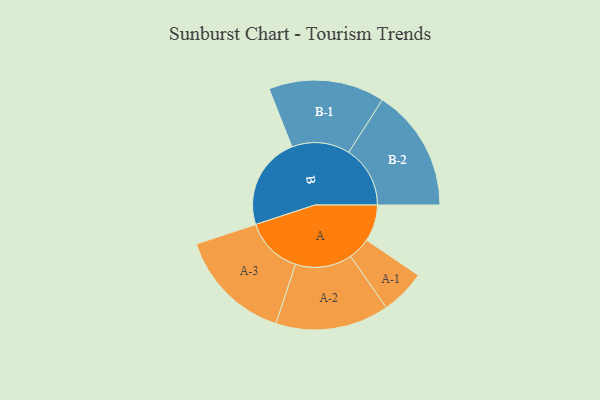
{"axis": {"x": "Segment", "y": "Value"}, "legend": ["", "A", "B"], "data": [{"x": "A", "y": 171, "type": ""}, {"x": "B", "y": 433, "type": ""}, {"x": "A-1", "y": 105, "type": "A"}, {"x": "A-2", "y": 265, "type": "A"}, {"x": "A-3", "y": 268, "type": "A"}, {"x": "B-1", "y": 271, "type": "B"}, {"x": "B-2", "y": 287, "type": "B"}]}